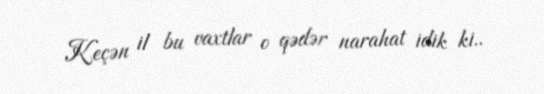
Keçən il bu vaxtlar o qədər narahat idik ki..